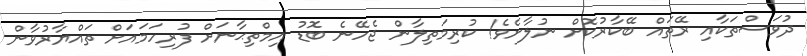
ދުވަސްތަކާއި ރޭތައް ބޭކާރުކޮށް ނުލާށެވެ! ކުރިމަތިލާން ޖެހޭނެ ބޮޑު އިމްތިޙާނަށް ފުރިހަމައަށް ތައްޔާރުވާން